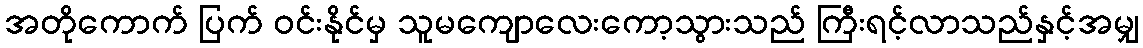
အတိုကောက် ပြက် ဝင်းနိုင်မှ သူမကျောလေးကော့သွားသည် ကြီးရင့်လာသည်နှင့်အမျှ